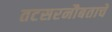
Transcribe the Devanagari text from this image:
तटसरनौबताचे